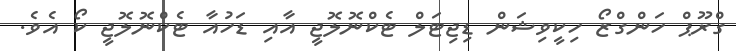
ގްރޫޕް ހަންގްޒޯ ހިކީވިޝަން ޑިޖިޓަލް ޓެކްނޮލޮޖީ އާއި ޑަހުއާ ޓެކްނޮލޮޖީ ކޯ އެވެ.